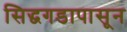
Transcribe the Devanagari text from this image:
सिद्धगडापासून